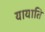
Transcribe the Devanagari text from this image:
यायाति